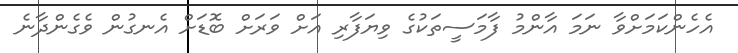
އެހެންކަމަށްވާ ނަމަ އާންމު ފާމަސީތަކުގެ ވިޔަފާރި އަށް ވަރަށް ބޮޑަށް އެނގުން ވެގެންދާނެ